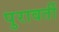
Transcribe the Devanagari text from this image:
पुरावर्ती